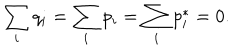
\sum _ { i } q _ { i } = \sum _ { i } p _ { i } = \sum _ { i } p _ { i } ^ { * } = 0 .